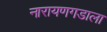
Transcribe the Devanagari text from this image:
नारायणगडाला